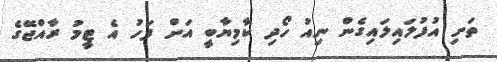
ތަށި އުފުލައިލައިގެން ނިއު ހޯދި ކާމިޔާބީ އަށް ފަހު އެ ޓީމު ރާއްޖޭގެ